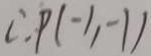
\therefore P ( - 1 , - 1 )